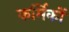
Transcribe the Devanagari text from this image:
कर्मिकाें